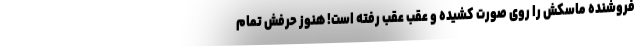
فروشنده ماسکش را روی صورت کشیده و عقب عقب رفته است! هنوز حرفش تمام